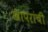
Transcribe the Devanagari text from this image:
खापरांची